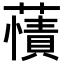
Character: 𧀘